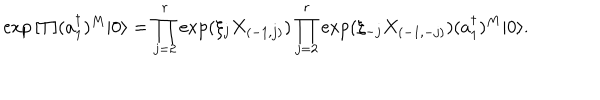
\exp { [ T ] } ( a _ { 1 } ^ { \dagger } ) ^ { M } | 0 \rangle = \prod _ { j = 2 } ^ { r } \exp ( \xi _ { j } X _ { ( - 1 , j ) } ) \prod _ { j = 2 } ^ { r } \exp ( \xi _ { - j } X _ { ( - 1 , - j ) } ) ( a _ { 1 } ^ { \dagger } ) ^ { M } | 0 \rangle .